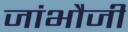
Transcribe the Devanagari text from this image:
जांभौजी